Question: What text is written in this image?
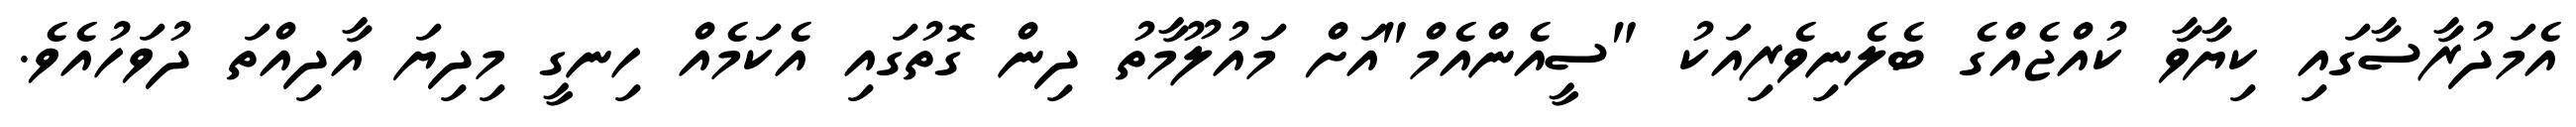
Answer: އެމަދުރާސާގައި ކިޔާވާ ކުއްޖެއްގެ ބެލެނިވެރިއަކު "ސީއެންއެމް"އަށް މައުލޫމާތު ދިން ގޮތުގައި އެކަމެއް ހިނގީ މިދިޔަ އާދިއްތަ ދުވަހުއެވެ.